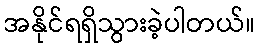
အနိုင်ရရှိသွားခဲ့ပါတယ်။